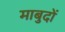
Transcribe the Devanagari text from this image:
माबुदों